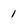
Character: 1